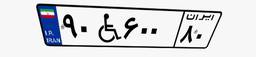
۹۰W۶۰۰۸۰